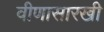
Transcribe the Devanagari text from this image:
वीणासारखी